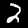
Digit: 2